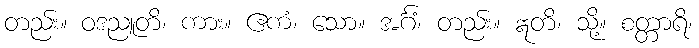
တည်း။ ဝဒညူတိ၊ ကား။ ဧကံ၊ သော။ အင်္ဂံ၊ တည်း။ ဣတိ၊ သို့။ စတ္တာရိ၊